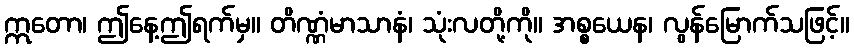
ဣတော၊ ဤနေ့ဤရက်မှ။ တိဏ္ဏံမာသာနံ၊ သုံးလတို့ကို။ အစ္စယေန၊ လွန်မြောက်သဖြင့်။